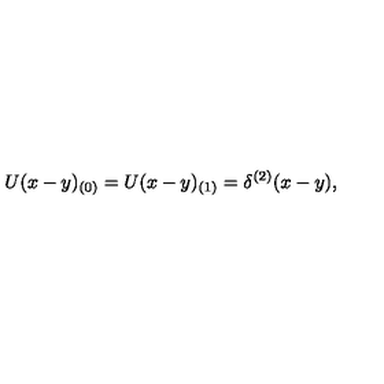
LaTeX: U ( x - y ) _ { ( 0 ) } = U ( x - y ) _ { ( 1 ) } = \delta ^ { ( 2 ) } ( x - y ) ,